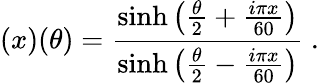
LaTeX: (x)(\theta)=\frac{\sinh\left(\frac{\theta}{2}+\frac{i\pi x}{60}\right)}{\sinh\left(\frac{\theta}{2}-\frac{i\pi x}{60}\right)}~.